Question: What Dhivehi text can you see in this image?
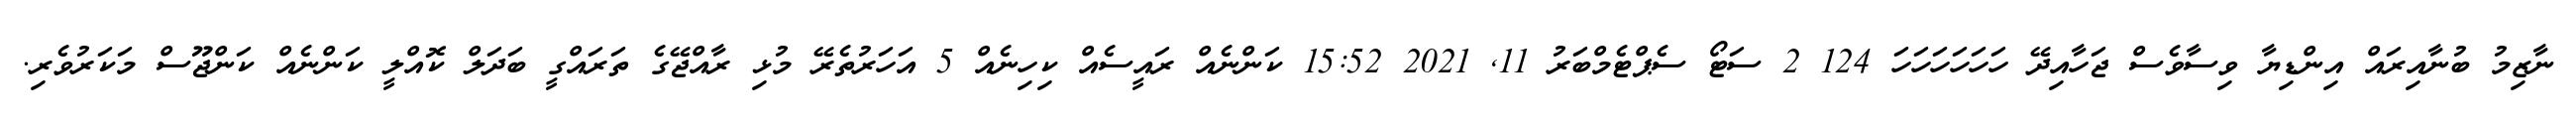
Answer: ނާޒިމު ބުނާއިރައް އިންޑިޔާ ވިސާވެސް ޖަހާއިދޭ ހަހަހަހަހަހަ 124 2 ސަޓޯ ސެޕްޓެމްބަރު 11, 2021 15:52 ކަންނެއް ރައީސެއް ކިހިނެއް 5 އަހަރުތެރޭ މުޅި ރާއްޖޭގެ ތަރައްގީ ބަދަލް ކޮއްލީ ކަންނެއް ކަންޖޫސް މަކަރުވެރި.